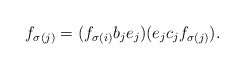
\begin{align*}f_{\sigma(j)}=(f_{\sigma(i)}b_{j}e_{j})(e_{j}c_{j}f_{\sigma(j)}). \end{align*}